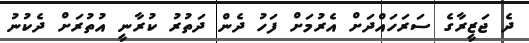
ދެ ޖަޒީރާގެ ސަރަހައްދަށް އެރުމަށް ފަހު ދެން ދަތުރު ކުރާނީ އުތުރަށް ދެކުނު